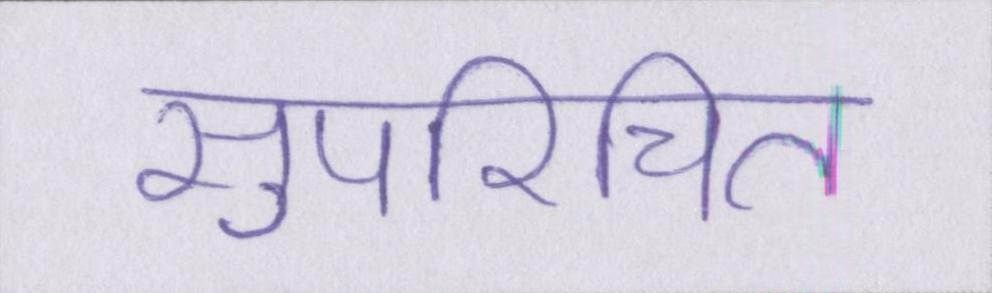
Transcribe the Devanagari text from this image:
सुपरिचित